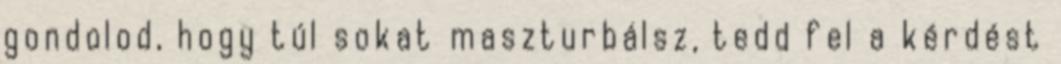
gondolod, hogy túl sokat maszturbálsz, tedd fel a kérdést